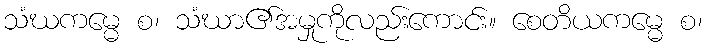
သံဃကမ္မေ စ၊ သံဃာ၏အမှုကိုလည်းကောင်း။ စေတိယကမ္မေ စ၊